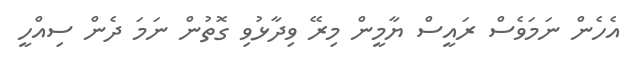
އެހެން ނަމަވެސް ރައީސް ޔާމީން މިރޭ ވިދާޅުވި ގޮތުން ނަމަ ދެން ސިއްހީ